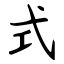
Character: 式